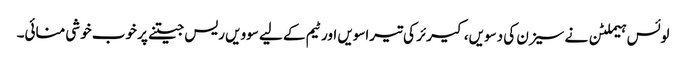
لوئس ہیملٹن نے سیزن کی دسویں، کیرئر کی تیراسویں اور ٹیم کے لیے سوویں ریس جیتنے پر خوب خوشی منائی۔